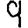
Digit: 9